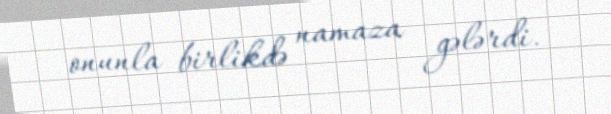
onunla birlikdə namaza gələrdi.